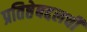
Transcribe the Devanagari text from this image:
प्रतिष्ठेबद्दलची